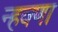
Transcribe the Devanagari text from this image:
न्हवणा